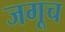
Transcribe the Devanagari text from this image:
जगूच